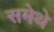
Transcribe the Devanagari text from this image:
समेथे